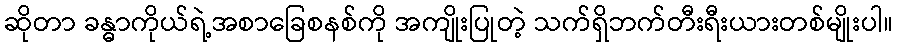
ဆိုတာ ခန္ဓာကိုယ်ရဲ့အစာခြေစနစ်ကို အကျိုးပြုတဲ့ သက်ရှိဘက်တီးရီးယားတစ်မျိုးပါ။